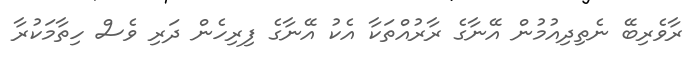
ރާވެރިބޭ ނެތިދިއުމުން އޭނާގެ ރާރުއްތަކާ އެކު އޭނާގެ ފިރިހެން ދަރި ވެސް ހިތާމަކުރާ